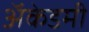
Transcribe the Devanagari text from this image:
अॅकेडमी